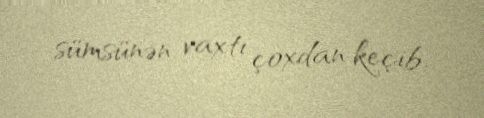
sümsünən vaxtı çoxdan keçib.